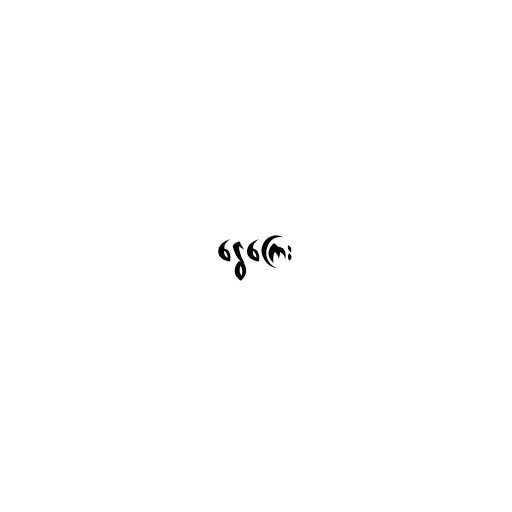
ငွေကြေး